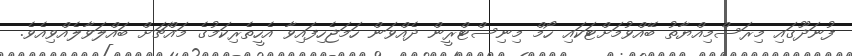
ފުނަދޫގައި މިރަސްމިއްޔާތު ބޭއްވުމަށްޓަކައި ހޯމް މިނިސްޓްރީން ދެއްވަން ހަމަޖެހިފައިވާ އެހީތެރިކަމުގެ މައްޗަށް ބައްލަވާލެއްވިއެވެ.